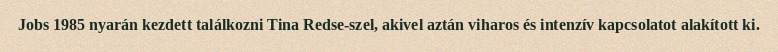
Jobs 1985 nyarán kezdett találkozni Tina Redse-szel, akivel aztán viharos és intenzív kapcsolatot alakított ki.